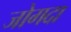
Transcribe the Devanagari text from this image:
जोगदा